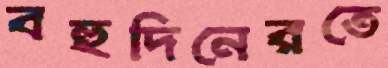
বহুদিনেরতে